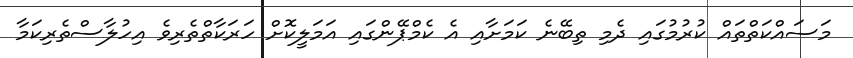
މަސައްކަތްތައް ކުރުމުގައި ދެމި ތިބޭނެ ކަމަށާއި އެ ކެމްޕޭންގައި އަމަލީކޮށް ހަރަކާތްތެރިވެ އިހުލާސްތެރިކަމާ